Papers set at the Examination for Leaving Certificates, 1894
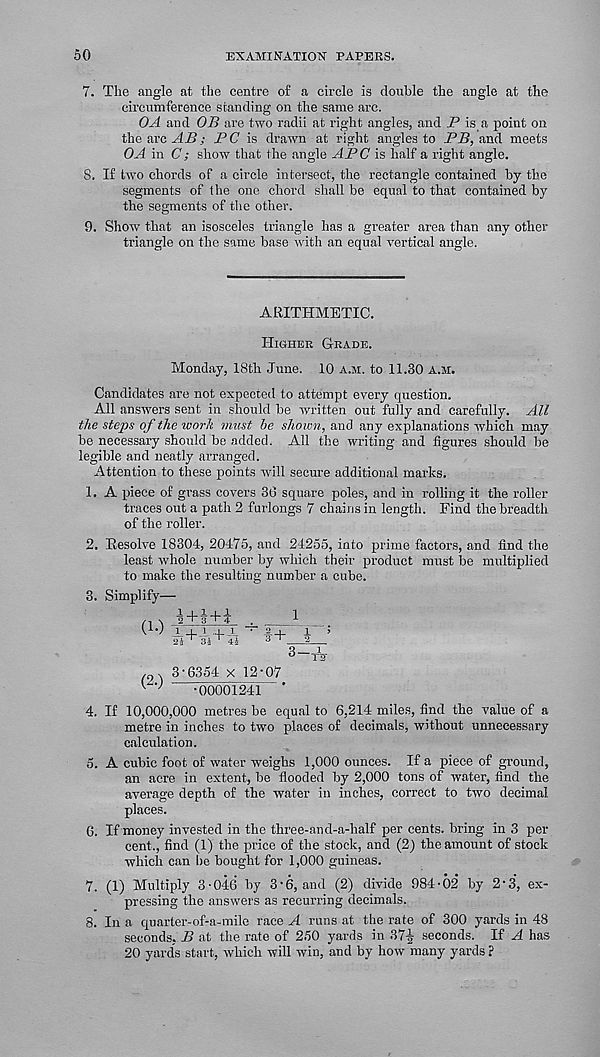
50
EXAMINATION PAPERS.
7. The angle at the centre of a circle is double the angle at the
circumference standing on the same arc.
OA and OB are two radii at right angles, and _P is a point on
the arc AB; PC is drawn at right angles to PB, and meets
OA in C; show that the angle APC is half a right angle.
8. If two chords of a circle intersect, the rectangle contained by the
segments of the one chord shall be equal to that contained by
the segments of the other.
9. Show that an isosceles triangle has a greater area than any other
triangle on the same base with an equal vertical angle.
ARITHMETIC.
Higher Grade.
Monday, 18th June. 10 a.m. to 11.30 a.m.
Candidates are not expected to attempt every question.
All answers sent in should be written out fully and carefully. All
the steps of the work must be shown, and any explanations which may
be necessary should be added. All the writing and figures should be
legible and neatly arranged.
Attention to these points will secure additional marks.
1. A piece of grass covers 36 square poles, and in rolling it the roller
traces out a path 2 furlongs 7 chains in length. Find the breadth
of the roller.
2. Resolve 18304, 20475, and 24255, into prime factors, and find the
least whole number by which their product must be multiplied
to make the resulting number a cube.
3. Simplify—
(1-)
(2.)
2 + 3+4 .
^ _
A+^+.u ' f+_i_ ;
3—TS-
3-6354 x 12-07
•00001241 ’
4. If 10,000,000 metres be equal to 6,214 miles, find the value of a
metre in inches to two places of decimals, without unnecessary
calculation.
5. A cubic foot of water weighs 1,000 ounces. If a piece of ground,
an acre in extent, be flooded by 2,000 tons of water, find the
average depth of the water in inches, correct to two decimal
places.
G. If money invested in the three-and-a-half per cents, bring in 3 per-
cent., find (1) the price of the stock, and (2) the amount of stock
which can be bought for 1,000 guineas.
7. (1) Multiply 3-046 by 3-6, and (2) divide 984-02 by 2-3, ex-
pressing the answers as recurring decimals.
8. In a quarter-of-a-mile race A runs at the rate of 300 yards in 48
seconds, B at the rate of 250 yards in 37J seconds. If A has
20 yards start, which will win, and by how many yards ?